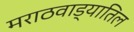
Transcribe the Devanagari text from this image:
मराठवाड्यातिल